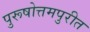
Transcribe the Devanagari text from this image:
पुरूषोत्तमपुरीत